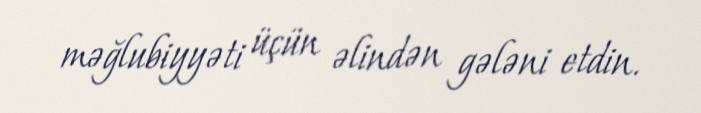
məğlubiyyəti üçün əlindən gələni etdin.